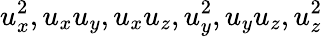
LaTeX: u_{x}^{2},u_{x}u_{y},u_{x}u_{z},u_{y}^{2},u_{y}u_{z},u_{z}^{2}